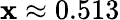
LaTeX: \mathbf{x}\approx0.513